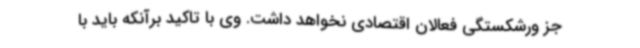
جز ورشکستگی فعالان اقتصادی نخواهد داشت. وی با تاکید برآنکه باید با